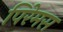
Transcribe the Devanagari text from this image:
पिरेमस